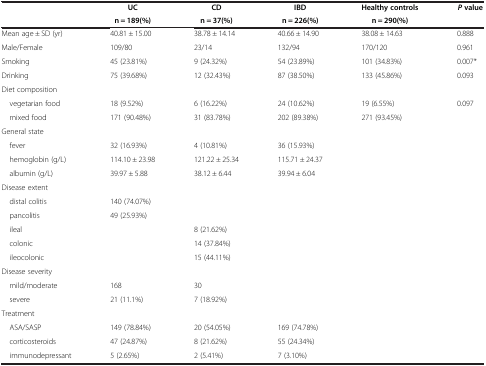
<table><thead><tr><td><b> </b></td><td><b>UC</b></td><td><b>CD</b></td><td><b>IBD</b></td><td><b>Healthy controls</b></td><td><b><i>P </i>value</b></td></tr><tr><td><b> </b></td><td><b>n = 189(%)</b></td><td><b>n = 37(%)</b></td><td><b>n = 226(%)</b></td><td><b>n = 290(%)</b></td><td><b> </b></td></tr></thead><tbody><tr><td>Mean age ± SD (yr)</td><td>40.81 ± 15.00</td><td>38.78 ± 14.14</td><td>40.66 ± 14.90</td><td>38.08 ± 14.63</td><td>0.888</td></tr><tr><td>Male/Female</td><td>109/80</td><td>23/14</td><td>132/94</td><td>170/120</td><td>0.961</td></tr><tr><td>Smoking</td><td>45 (23.81%)</td><td>9 (24.32%)</td><td>54 (23.89%)</td><td>101 (34.83%)</td><td>0.007*</td></tr><tr><td>Drinking</td><td>75 (39.68%)</td><td>12 (32.43%)</td><td>87 (38.50%)</td><td>133 (45.86%)</td><td>0.093</td></tr><tr><td>Diet composition</td><td> </td><td> </td><td> </td><td> </td><td> </td></tr><tr><td> vegetarian food</td><td>18 (9.52%)</td><td>6 (16.22%)</td><td>24 (10.62%)</td><td>19 (6.55%)</td><td>0.097</td></tr><tr><td> mixed food</td><td>171 (90.48%)</td><td>31 (83.78%)</td><td>202 (89.38%)</td><td>271 (93.45%)</td><td> </td></tr><tr><td>General state</td><td> </td><td> </td><td> </td><td> </td><td> </td></tr><tr><td> fever</td><td>32 (16.93%)</td><td>4 (10.81%)</td><td>36 (15.93%)</td><td> </td><td> </td></tr><tr><td> hemoglobin (g/L)</td><td>114.10 ± 23.98</td><td>121.22 ± 25.34</td><td>115.71 ± 24.37</td><td> </td><td> </td></tr><tr><td> albumin (g/L)</td><td>39.97 ± 5.88</td><td>38.12 ± 6.44</td><td>39.94 ± 6.04</td><td> </td><td> </td></tr><tr><td>Disease extent</td><td> </td><td> </td><td> </td><td> </td><td> </td></tr><tr><td> distal colitis</td><td>140 (74.07%)</td><td> </td><td> </td><td> </td><td> </td></tr><tr><td> pancolitis</td><td>49 (25.93%)</td><td> </td><td> </td><td> </td><td> </td></tr><tr><td> ileal</td><td> </td><td>8 (21.62%)</td><td> </td><td> </td><td> </td></tr><tr><td> colonic</td><td> </td><td>14 (37.84%)</td><td> </td><td> </td><td> </td></tr><tr><td> ileocolonic</td><td> </td><td>15 (44.11%)</td><td> </td><td> </td><td> </td></tr><tr><td>Disease severity</td><td> </td><td> </td><td> </td><td> </td><td> </td></tr><tr><td> mild/moderate</td><td>168</td><td>30</td><td> </td><td> </td><td> </td></tr><tr><td> severe</td><td>21 (11.1%)</td><td>7 (18.92%)</td><td> </td><td> </td><td> </td></tr><tr><td>Treatment</td><td> </td><td> </td><td> </td><td> </td><td> </td></tr><tr><td> ASA/SASP</td><td>149 (78.84%)</td><td>20 (54.05%)</td><td>169 (74.78%)</td><td> </td><td> </td></tr><tr><td> corticosteroids</td><td>47 (24.87%)</td><td>8 (21.62%)</td><td>55 (24.34%)</td><td> </td><td> </td></tr><tr><td> immunodepressant</td><td>5 (2.65%)</td><td>2 (5.41%)</td><td>7 (3.10%)</td><td> </td><td> </td></tr></tbody></table>